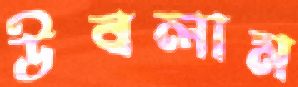
উবলাম